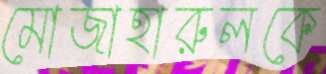
মোজাহারুলকে